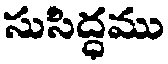
సుసిద్ధము